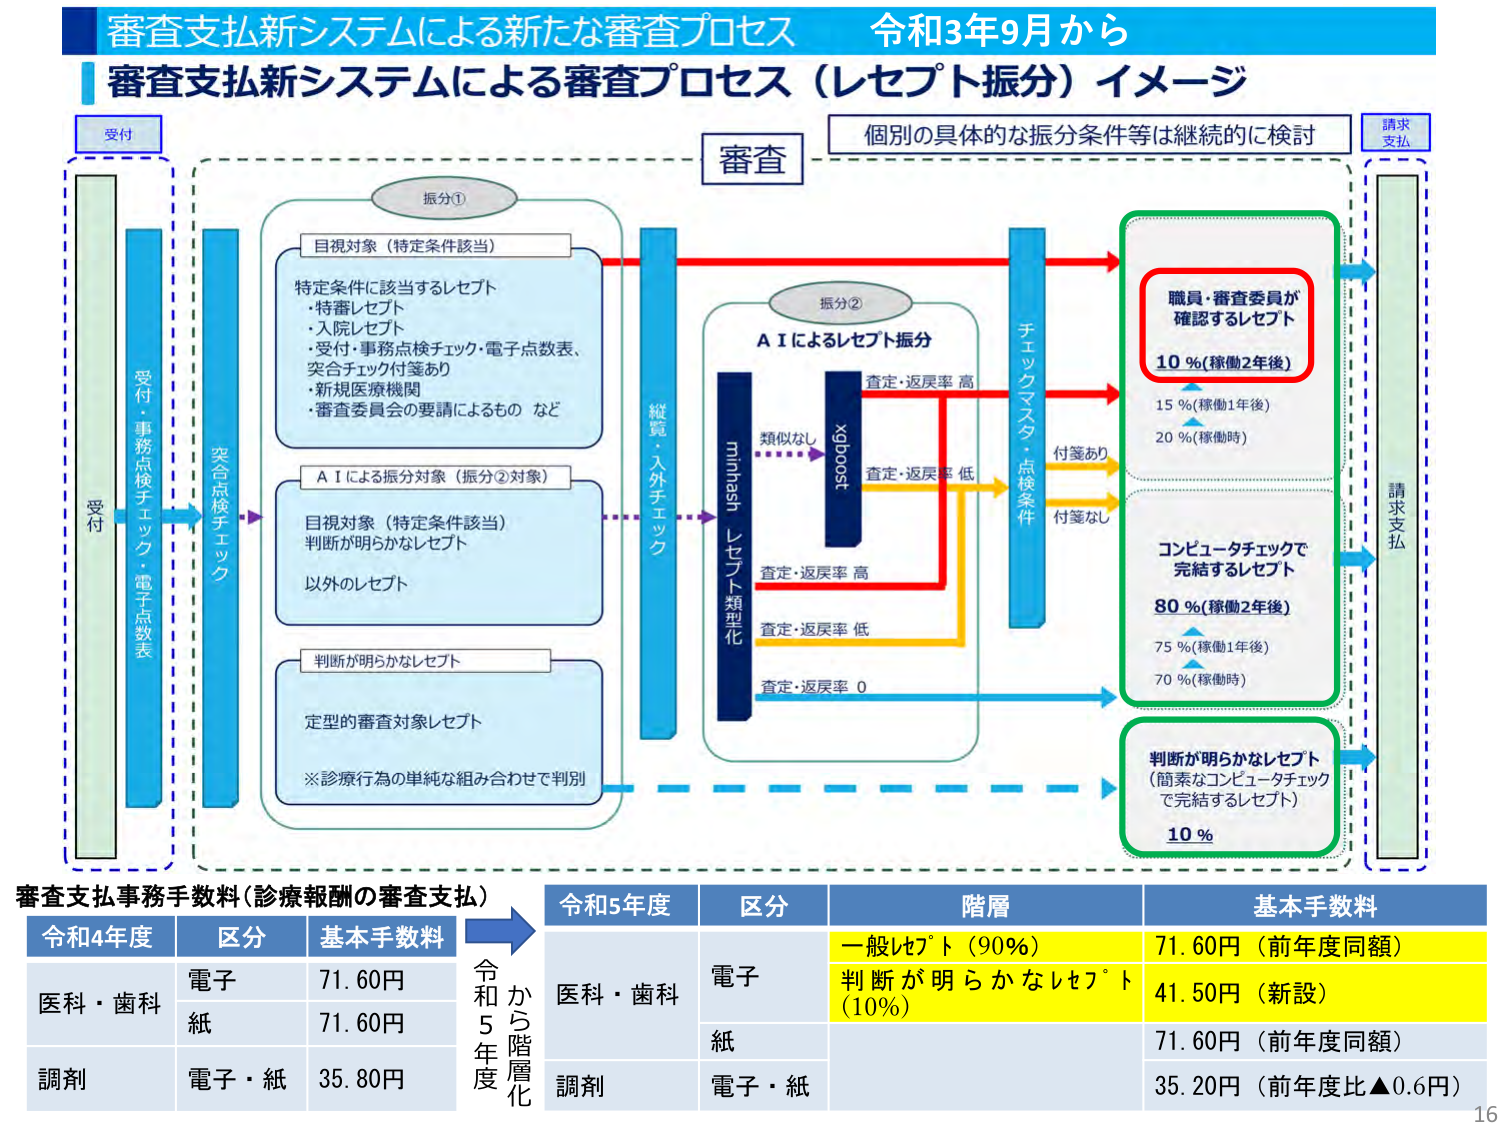
審査支払新システムによる新たな審査プロセス 令和3年9月から
審査支払新システムによる審査プロセス（レセプト振分）イメージ
受付
受付・事務点検チェック・電子点数表
突合点検チェック
振分①
目視対象（特定条件該当）
特定条件に該当するレセプト
・特審レセプト
・入院レセプト
・受付・事務点検チェック・電子点数表、
突合チェック付箋あり
・新規医療機関
・審査委員会の要請によるもの など
A I による振分対象（振分②対象）
目視対象（特定条件該当）
判断が明らかなレセプト
以外のレセプト
判断が明らかなレセプト
定型的審査対象レセプト
※診療行為の単純な組み合わせで判別
縦覧・入外チェック
振分②
A I によるレセプト振分
minhash レセプト類型化
xgboost
類似なし
査定・返戻率 高
査定・返戻率 低
査定・返戻率 高
査定・返戻率 低
査定・返戻率 0
チェックマスタ・点検条件
付箋あり
付箋なし
職員・審査委員が
確認するレセプト
10 %（稼働2年後）
15 %（稼働1年後）
20 %（稼働時）
コンピュータチェックで
完結するレセプト
80 %（稼働2年後）
75 %（稼働1年後）
70 %（稼働時）
判断が明らかなレセプト
（簡素なコンピュータチェック
で完結するレセプト）
10 %
請求支払
個別の具体的な振分条件等は継続的に検討
請求支払
審査支払事務手数料（診療報酬の審査支払）
令和4年度
区分
基本手数料
医科・歯科
電子
71.60円
紙
71.60円
調剤
電子・紙
35.80円
令和から
5年度
階層化
令和5年度
区分
階層
基本手数料
医科・歯科
電子
一般レセプト（90%）
71.60円（前年度同額）
判断が明らかなレセプト（10%）
41.50円（新設）
紙
71.60円（前年度同額）
調剤
電子・紙
35.20円（前年度比▲0.6円）
16